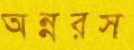
অন্নরস